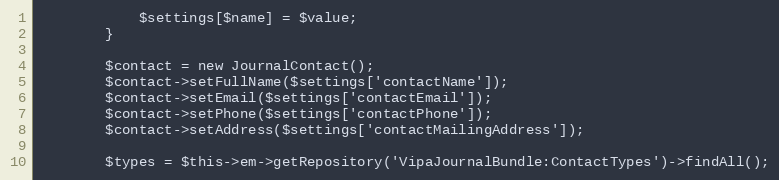
Language: PHP
            $settings[$name] = $value;
        }

        $contact = new JournalContact();
        $contact->setFullName($settings['contactName']);
        $contact->setEmail($settings['contactEmail']);
        $contact->setPhone($settings['contactPhone']);
        $contact->setAddress($settings['contactMailingAddress']);

        $types = $this->em->getRepository('VipaJournalBundle:ContactTypes')->findAll();